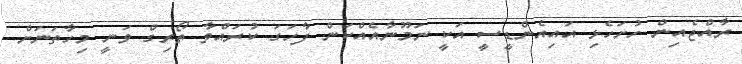
ރާއްޖެއިން ހުށަހެޅި އައިއެންޑީސީ އަކީ ނަމޫނާއެއްކަން ފާހަގަ ކުރައްވާ ތޯރިގް ވަނީ މިހާތަނަށް